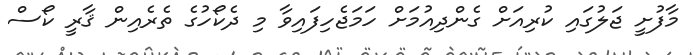
މާފުށީ ޖަލުގައި ކުރިއަށް ގެންދިއުމަށް ހަމަޖެހިފައިވާ މި ދެކޯހުގެ ތެރެއިން ޤާރީ ކޯސް